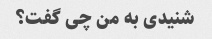
شنیدی به من چی گفت؟